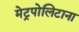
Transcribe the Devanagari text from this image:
मेट्रपोलिटाना